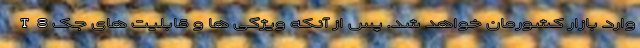
وارد بازار کشورمان خواهد شد. پس از آنکه ویژگی ها و قابلیت های جک T8